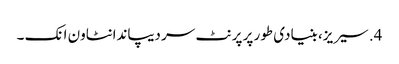
4. سیریز، بنیادی طور پر پرنٹ سر دیپاندانٹاون انک ۔